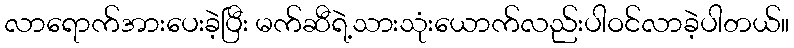
လာရောက်အားပေးခဲ့ပြီး မက်ဆီရဲ့သားသုံးယောက်လည်းပါဝင်လာခဲ့ပါတယ်။